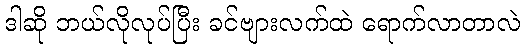
ဒါဆို ဘယ်လိုလုပ်ပြီး ခင်ဗျားလက်ထဲ ရောက်လာတာလဲ